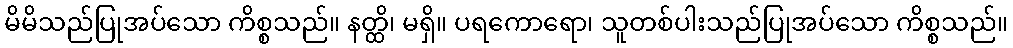
မိမိသည်ပြုအပ်သော ကိစ္စသည်။ နတ္ထိ၊ မရှိ။ ပရကောရော၊ သူတစ်ပါးသည်ပြုအပ်သော ကိစ္စသည်။